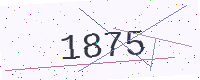
Text: 1875